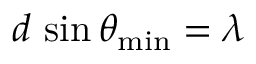
d \, \sin \theta _ { \mathrm { m i n } } = \lambda